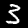
Digit: 3